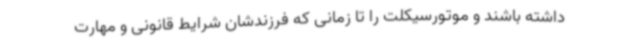
داشته باشند و موتورسیکلت را تا زمانی که فرزندشان شرایط قانونی و مهارت